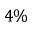
4 \%